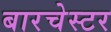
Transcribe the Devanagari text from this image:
बारचेस्टर